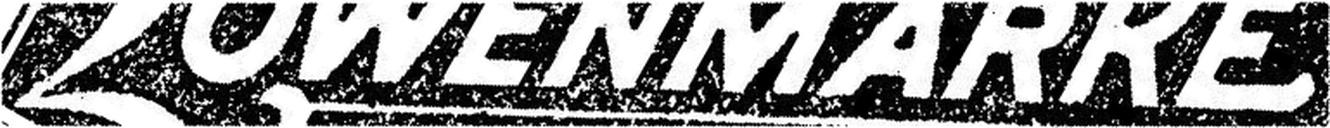
LOWENMARKE